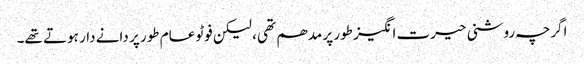
اگرچہ روشنی حیرت انگیز طور پر مدھم تھی ، لیکن فوٹو عام طور پر دانے دار ہوتے تھے۔